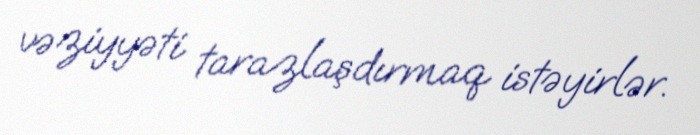
vəziyyəti tarazlaşdırmaq istəyirlər.